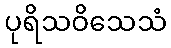
ပုရိသဝိသေသံ